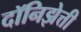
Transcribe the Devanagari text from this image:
दॉनिझेत्ती